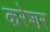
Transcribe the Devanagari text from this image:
करेशर